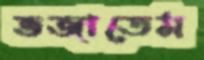
ভজাতেম